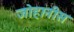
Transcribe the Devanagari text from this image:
जोहानीस